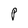
Character: P